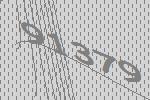
91379